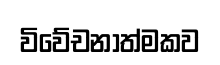
විවේචනාත්මකව